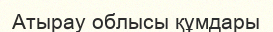
Атырау облысы құмдары